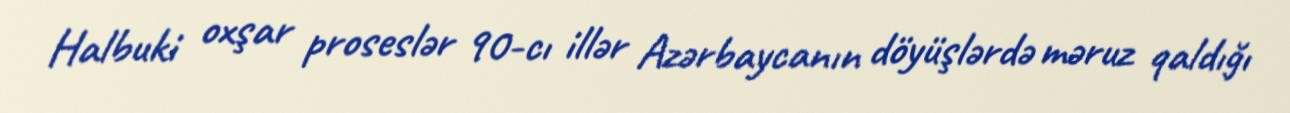
Halbuki oxşar proseslər 90-cı illər Azərbaycanın döyüşlərdə məruz qaldığı